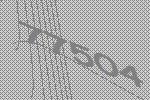
77504